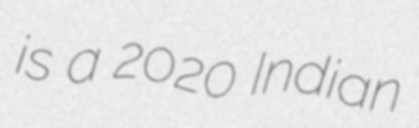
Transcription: is a 2020 Indian